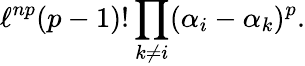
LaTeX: \ell^{np}(p-1)!\prod_{k\neq i}(\alpha_{i}-\alpha_{k})^{p}.